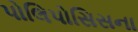
પોલિપોસિસના